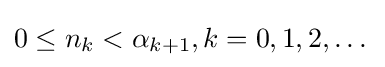
0\leq n_{k}<\alpha _{k+1},k=0,1,2,\dots